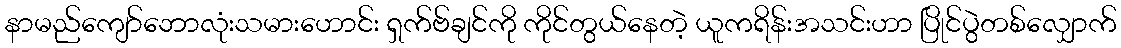
နာမည်ကျော်ဘောလုံးသမားဟောင်း ရှက်ဗ်ချင်ကို ကိုင်တွယ်နေတဲ့ ယူကရိန်းအသင်းဟာ ပြိုင်ပွဲတစ်လျှောက်